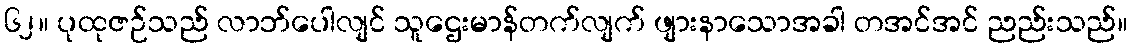
၆၂။ ပုထုဇဉ်သည် လာဘ်ပေါလျင် သူဌေးမာန်တက်လျက် ဖျားနာသောအခါ တအင်အင် ညည်းသည်။